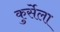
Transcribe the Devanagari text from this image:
कुर्सेला